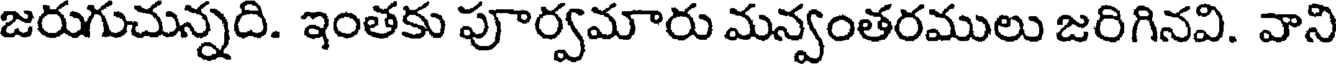
జరుగుచున్నది. ఇంతకు పూర్వమారు మన్వంతరములు జరిగినవి. వాని